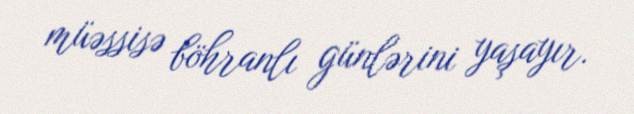
müəssisə böhranlı günlərini yaşayır.